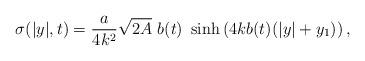
LaTeX: \begin{align*}\sigma(|y|,t)=\frac{a}{4k^2}\sqrt{2A}~b(t)~ \sinh\left(4kb(t)(|y|+y_1)\right),\end{align*}